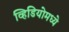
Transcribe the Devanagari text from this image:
व्हिडियोमध्ये